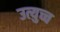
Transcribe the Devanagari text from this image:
उत्युच्च